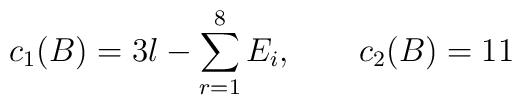
c_{1}(B)= 3l- \sum_{r=1}^{8} E_{i}, \qquad c_{2}(B)= 11